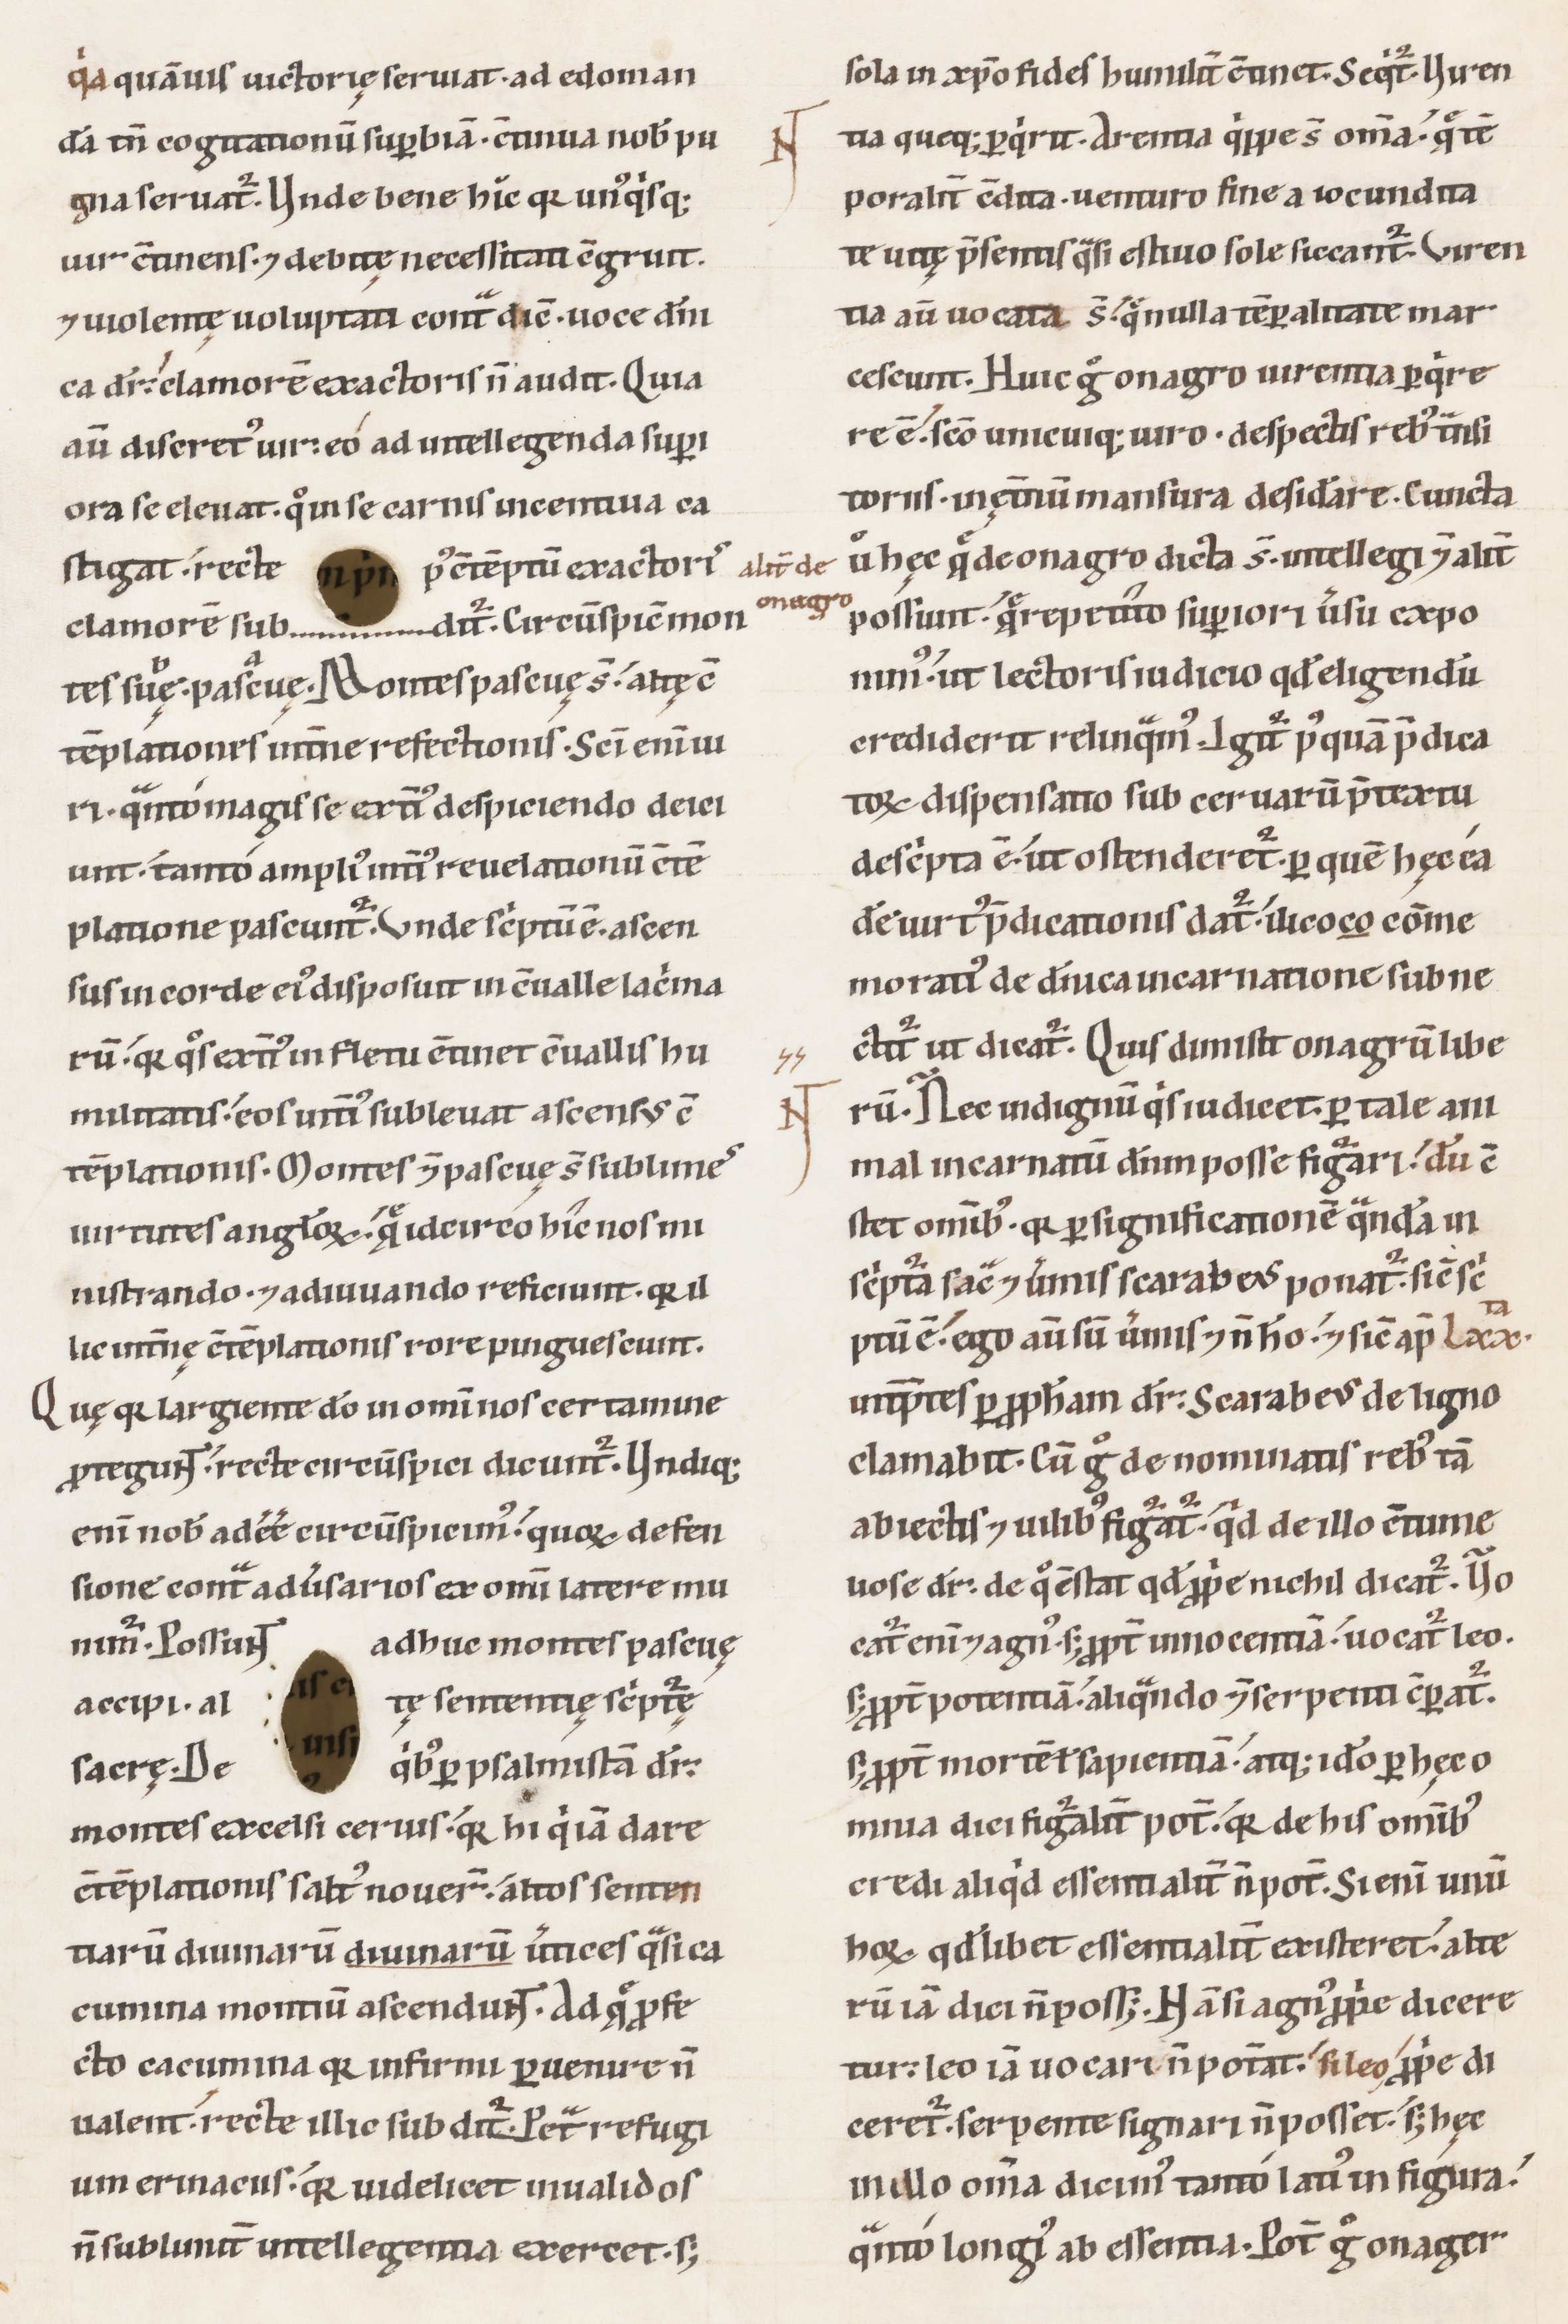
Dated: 1100–1199